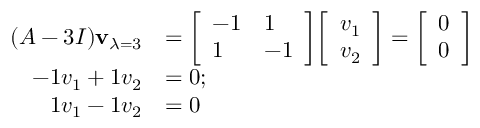
{ \begin{array} { r l } { ( A - 3 I ) \mathbf { v } _ { \lambda = 3 } } & { = { \left[ \begin{array} { l l } { - 1 } & { 1 } \\ { 1 } & { - 1 } \end{array} \right] } { \left[ \begin{array} { l } { v _ { 1 } } \\ { v _ { 2 } } \end{array} \right] } = { \left[ \begin{array} { l } { 0 } \\ { 0 } \end{array} \right] } } \\ { - 1 v _ { 1 } + 1 v _ { 2 } } & { = 0 ; } \\ { 1 v _ { 1 } - 1 v _ { 2 } } & { = 0 } \end{array} }